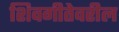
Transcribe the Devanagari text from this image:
शिवगीतेवरील